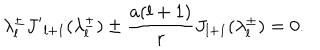
\lambda _ { l } ^ { \pm } { J ^ { \prime } } _ { l + 1 } ( \lambda _ { l } ^ { \pm } ) \pm \frac { a ( l + 1 ) } r J _ { l + 1 } ( \lambda _ { l } ^ { \pm } ) = 0 .